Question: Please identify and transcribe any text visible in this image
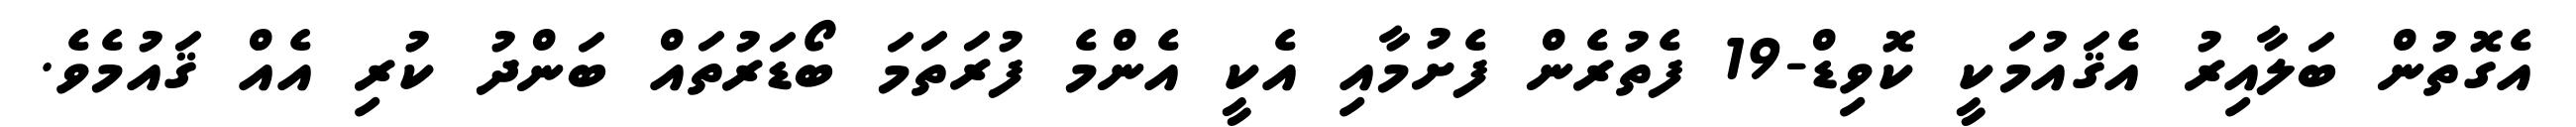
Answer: އެގޮތުން ބަލާއިރު އެޤައުމަކީ ކޮވިޑް-19 ފެތުރެން ފެށުމާއި އެކީ އެންމެ ފުރަތަމަ ބޯޑަރުތައް ބަންދު ކުރި އެއް ޤައުމެވެ.